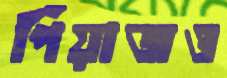
পিঁয়াজও